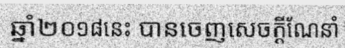
ឆ្នាំ២០១៨នេះ បានចេញសេចក្តីណែនាំ